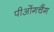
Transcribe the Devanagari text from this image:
पीओंगचैंग